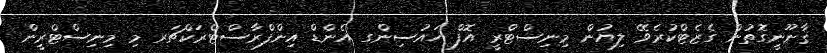
ޤާނޫނީގޮތުން ގެޒެޓްކުރެވޭ ލިޔުން މިނިސްޓްރީ އޮފް ހައުސިންގ އެންޑް އިންފްރާސްޓްރަކްޗަރ މި މިނިސްޓްރީން